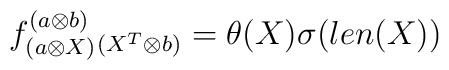
f^{(a \otimes b)}_{(a \otimes X)}{}_{(X^T \otimes b)}       = \theta(X) \sigma(len(X))